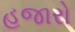
હજારો